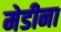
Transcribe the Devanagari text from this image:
मेडीना